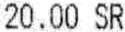
20.00 SR